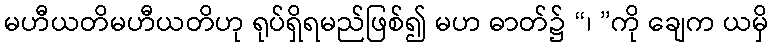
မဟီယတိမဟီယတိဟု ရုပ်ရှိရမည်ဖြစ်၍ မဟ ဓာတ်၌ “၊ ”ကို ချေက ယမှိ